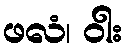
ဖလံ၊ ဝါး